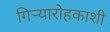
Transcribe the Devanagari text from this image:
गिऱ्यारोहकाशी